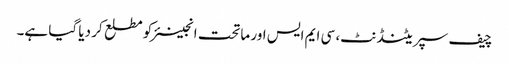
چیف سپریٹنڈنٹ، سی ایم ایس اور ماتحت انجینئر کو مطلع کر دیا گیا ہے۔